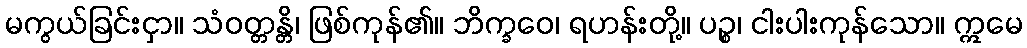
မကွယ်ခြင်းငှာ။ သံဝတ္တန္တိ၊ ဖြစ်ကုန်၏။ ဘိက္ခဝေ၊ ရဟန်းတို့။ ပဉ္စ၊ ငါးပါးကုန်သော။ ဣမေ